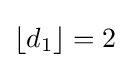
\left\lfloor d_{1}\right\rfloor =2